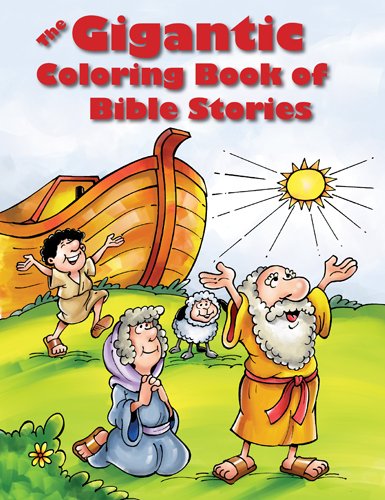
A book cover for The Gigantic Coloring Book of Bible Stories; Christian Books & Bibles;